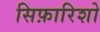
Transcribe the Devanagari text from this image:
सिफ़ारिशो